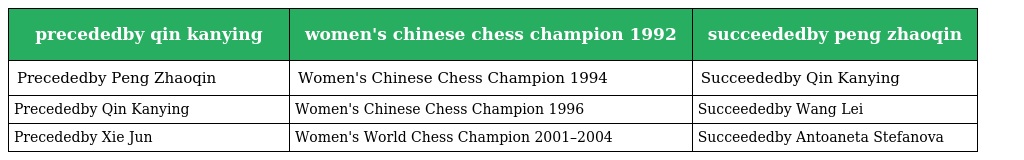
| precededby qin kanying | women's chinese chess champion 1992 | succeededby peng zhaoqin |
 | --- | --- | --- |
 | Precededby Peng Zhaoqin | Women's Chinese Chess Champion 1994 | Succeededby Qin Kanying |
 | Precededby Qin Kanying | Women's Chinese Chess Champion 1996 | Succeededby Wang Lei |
 | Precededby Xie Jun | Women's World Chess Champion 2001–2004 | Succeededby Antoaneta Stefanova |